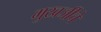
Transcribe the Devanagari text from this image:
मुखर्जीचे